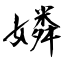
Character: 嫾